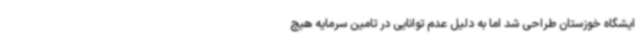
ایشگاه خوزستان طراحی شد اما به دلیل عدم توانایی در تامین سرمایه هیچ